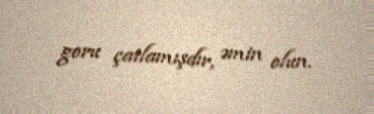
goru çatlamışdır, əmin olun.